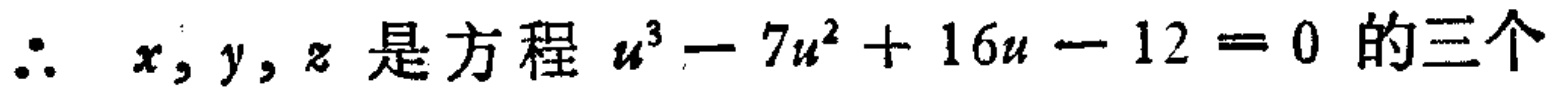
$\therefore\ x,y,z\text{ 是方程 }u^{3}-7u^{2}+16u - 12 = 0\text{ 的三个}$